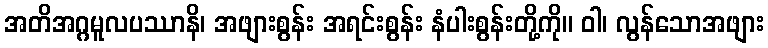
အတိအဂ္ဂမူလပဿာနိ၊ အဖျားစွန်း အရင်းစွန်း နံပါးစွန်းတို့ကို။ ဝါ၊ လွန်သောအဖျား